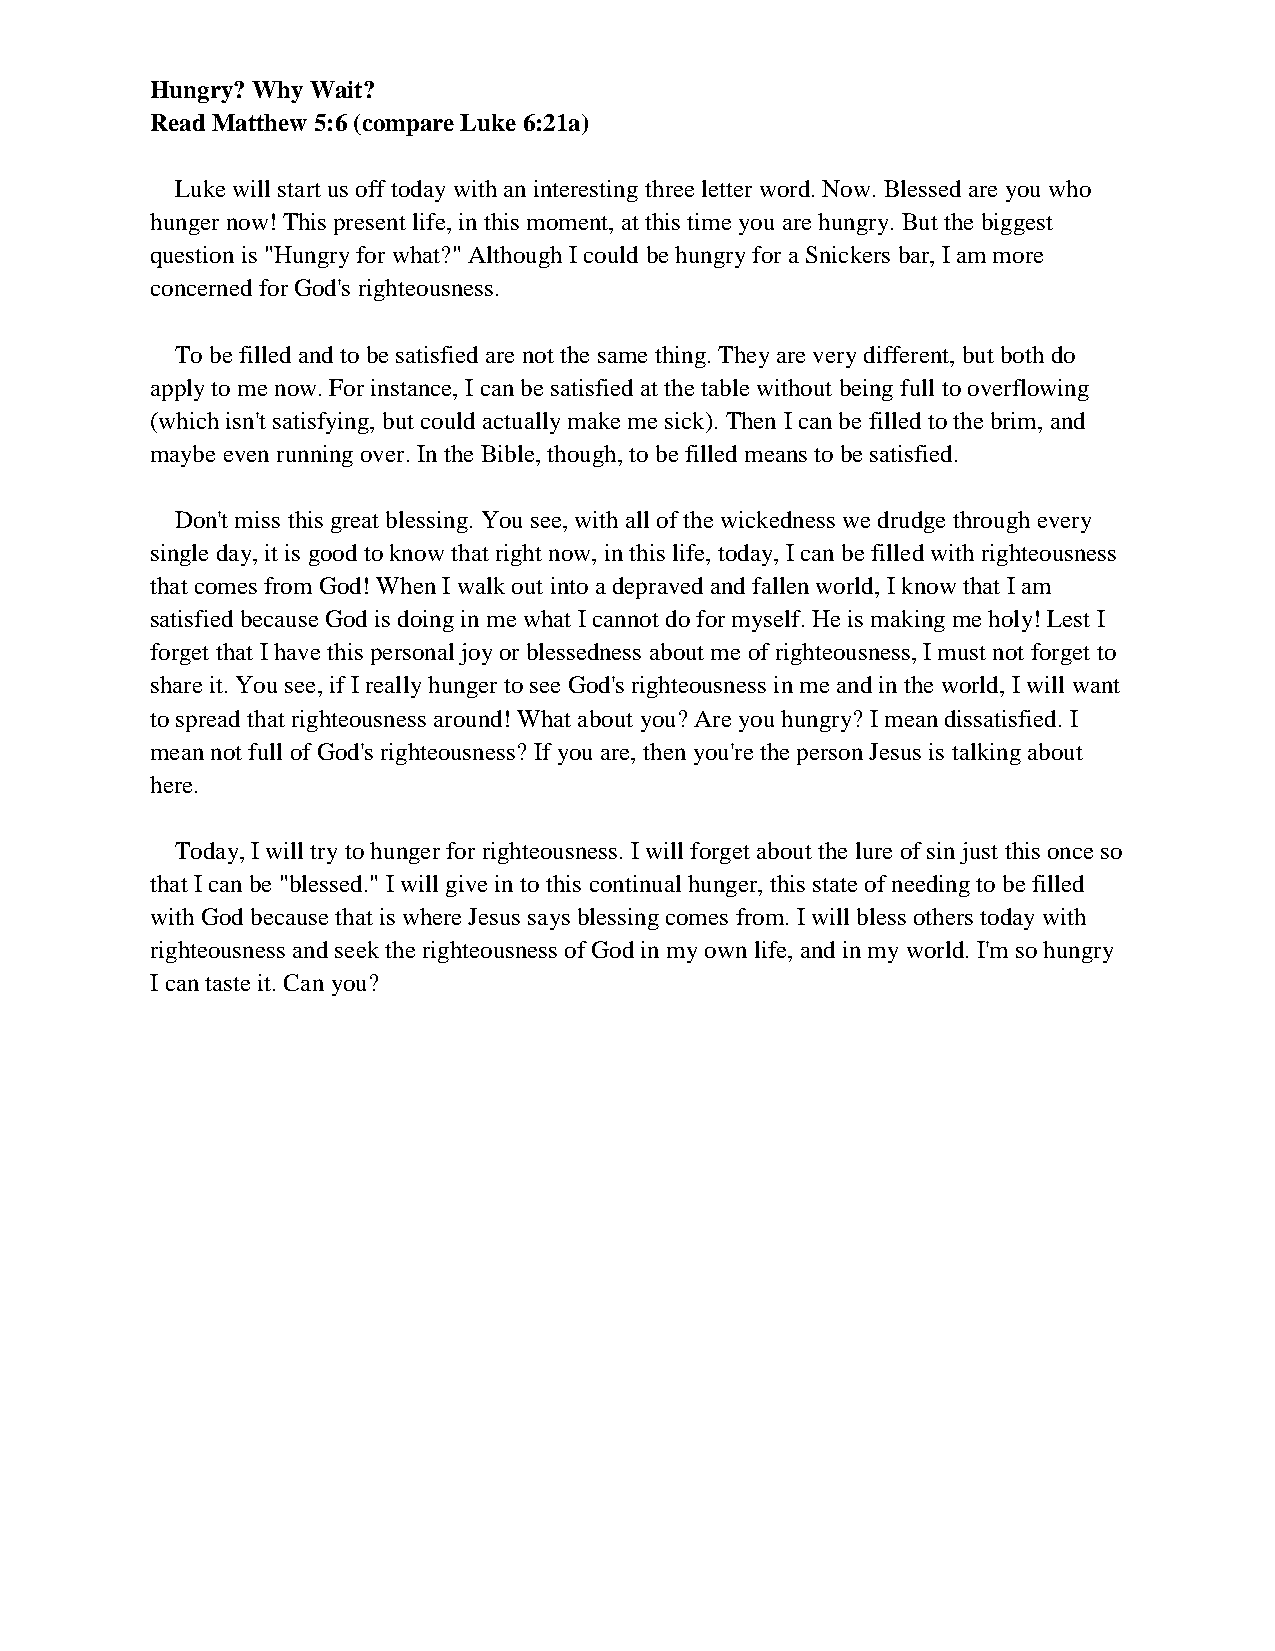
Hungry? Why Wait?
 Read Matthew 5:6 (compare Luke 6:21a)
 Luke will start us off today with an interesting three letter word. Now. Blessed are you who
 hunger now! This present life, in this moment, at this time you are hungry. But the biggest
 question is "Hungry for what?" Although I could be hungry for a Snickers bar, I am more
 concerned for God's righteousness.
 To be filled and to be satisfied are not the same thing. They are very different, but both do
 apply to me now. For instance, I can be satisfied at the table without being full to overflowing
 (which isn't satisfying, but could actually make me sick). Then I can be filled to the brim, and
 maybe even running over. In the Bible, though, to be filled means to be satisfied.
 Don't miss this great blessing. You see, with all of the wickedness we drudge through every
 single day, it is good to know that right now, in this life, today, I can be filled with righteousness
 that comes from God! When I walk out into a depraved and fallen world, I know that I am
 satisfied because God is doing in me what I cannot do for myself. He is making me holy! Lest I
 forget that I have this personal joy or blessedness about me of righteousness, I must not forget to
 share it. You see, if I really hunger to see God's righteousness in me and in the world, I will want
 to spread that righteousness around! What about you? Are you hungry? I mean dissatisfied. I
 mean not full of God's righteousness? If you are, then you're the person Jesus is talking about
 here.
 Today, I will try to hunger for righteousness. I will forget about the lure of sin just this once so
 that I can be "blessed." I will give in to this continual hunger, this state of needing to be filled
 with God because that is where Jesus says blessing comes from. I will bless others today with
 righteousness and seek the righteousness of God in my own life, and in my world. I'm so hungry
 I can taste it. Can you?